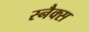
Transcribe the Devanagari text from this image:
स्‍नैक्स